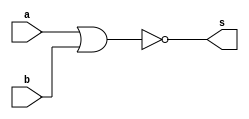
/*
Aluno: Gabriel Samarane Ribeiro [1313414]
Matricula: 725052
Matria: Arquitetura de Computadores-1
Guia_0501
*/

module Guia_0501(output s, input a, input b);
	
	//Portas
	
	nor NOR(s,a,b);  


endmodule


module teste;

	//Dados para teste
	
	reg y;
	reg x;
	wire a;
	
	Guia_0501 moduloTeste(a,x,y);

initial
	begin: main
	
	
		$display("Guia_0500 - GabrielSamaraneRibeiro - 1313414");
		$display("Test module");
		$display(" x - y - a ");
		// projetar testes do modulo
	
		/*
			Fazendo a tabela verdade para prever resultados
			
				| a | b |  ~(a|b)|
				|---|---|---------|
				| 0 | 0 |    1    |
				| 0 | 1 |    0    |
				| 1 | 0	|    0    |
				| 1 | 1 |    0    |
				
		*/
		
		$monitor("%4b %4b %4b", x, y, a);
		 x = 1'b0; y = 1'b0;
		#1
		 x = 1'b0; y = 1'b1;
		#1
		 x = 1'b1; y = 1'b0;
		#1
		 x = 1'b1; y = 1'b1;
	end
endmodule